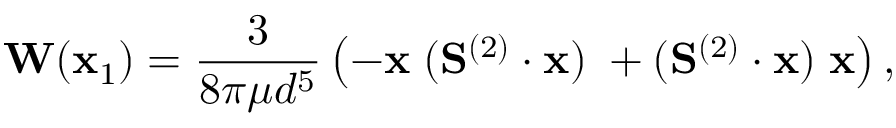
\mathbf { W } ( \mathbf { x } _ { 1 } ) = \frac { 3 } { 8 \pi \mu d ^ { 5 } } \left( - \mathbf { x } \; ( \mathbf { S } ^ { ( 2 ) } \cdot \mathbf { x } ) \; + ( \mathbf { S } ^ { ( 2 ) } \cdot \mathbf { x } ) \; \mathbf { x } \right) ,